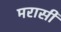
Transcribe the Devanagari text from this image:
मरासी